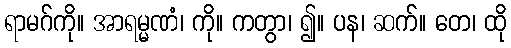
ရာမဂ်ကို။ အာရမ္မဏံ၊ ကို။ ကတွာ၊ ၍။ ပန၊ ဆက်။ တေ၊ ထို